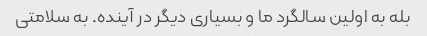
بله به اولین سالگرد ما و بسیاری دیگر در آینده. به سلامتی